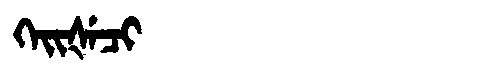
Manchu: ᡴᡝᡳᡧᡝᠴᡳ
Romanization: KEIŠECI